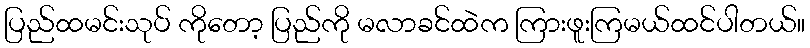
ပြည်ထမင်းသုပ် ကိုတော့ ပြည်ကို မလာခင်ထဲက ကြားဖူးကြမယ်ထင်ပါတယ်။